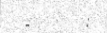
-      :